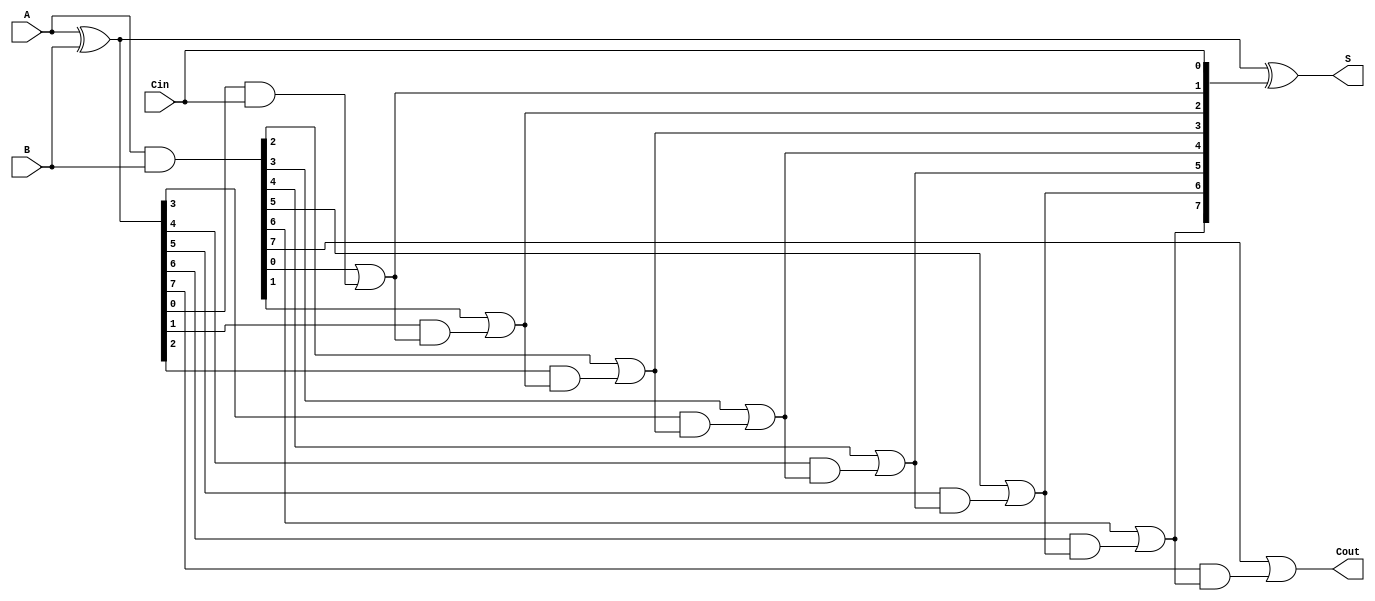
module SklanskyAdder #(parameter n = 8) (
    input  [n-1:0] A,      // First input
    input  [n-1:0] B,      // Second input
    input          Cin,     // Carry-in
    output [n-1:0] S,      // Sum output
    output         Cout     // Carry-out
);

    // Generate and Propagate signals
    wire [n-1:0] G; // Generate
    wire [n-1:0] P; // Propagate
    wire [n:0] C;    // Carry signals

    // Generate and Propagate calculations
    assign G = A & B;          // G[i] = A[i] & B[i]
    assign P = A ^ B;          // P[i] = A[i] ^ B[i]

    // Carry calculations
    assign C[0] = Cin;         // C[0] = Cin
    genvar i;
    generate
        for (i = 1; i <= n; i = i + 1) begin : carry_gen
            assign C[i] = G[i-1] | (P[i-1] & C[i-1]); // C[i] = G[i-1] | (P[i-1] & C[i-1])
        end
    endgenerate

    // Sum calculations
    assign S = A ^ B ^ C[n-1:0]; // S[i] = A[i] ^ B[i] ^ C[i]

    // Carry-out
    assign Cout = C[n]; // Cout = C[n]

endmodule